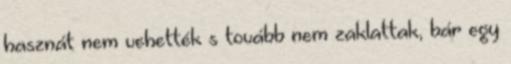
hasznát nem vehették s tovább nem zaklattak, bár egy